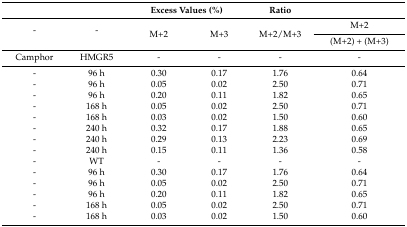
<table><thead><tr><td></td><td></td><td colspan="2"><b>Excess Values (%)</b></td><td><b>Ratio</b></td><td></td></tr></thead><tbody><tr><td rowspan="2">-</td><td rowspan="2">-</td><td rowspan="2">M+2</td><td rowspan="2">M+3</td><td rowspan="2">M+2/M+3</td><td>M+2</td></tr><tr><td>(M+2) + (M+3)</td></tr><tr><td>Camphor</td><td>HMGR5</td><td>-</td><td>-</td><td>-</td><td>-</td></tr><tr><td>-</td><td>96 h</td><td>0.30</td><td>0.17</td><td>1.76</td><td>0.64</td></tr><tr><td>-</td><td>96 h</td><td>0.05</td><td>0.02</td><td>2.50</td><td>0.71</td></tr><tr><td>-</td><td>96 h</td><td>0.20</td><td>0.11</td><td>1.82</td><td>0.65</td></tr><tr><td>-</td><td>168 h</td><td>0.05</td><td>0.02</td><td>2.50</td><td>0.71</td></tr><tr><td>-</td><td>168 h</td><td>0.03</td><td>0.02</td><td>1.50</td><td>0.60</td></tr><tr><td>-</td><td>240 h</td><td>0.32</td><td>0.17</td><td>1.88</td><td>0.65</td></tr><tr><td>-</td><td>240 h</td><td>0.29</td><td>0.13</td><td>2.23</td><td>0.69</td></tr><tr><td>-</td><td>240 h</td><td>0.15</td><td>0.11</td><td>1.36</td><td>0.58</td></tr><tr><td>-</td><td>WT</td><td>-</td><td>-</td><td>-</td><td>-</td></tr><tr><td>-</td><td>96 h</td><td>0.30</td><td>0.17</td><td>1.76</td><td>0.64</td></tr><tr><td>-</td><td>96 h</td><td>0.05</td><td>0.02</td><td>2.50</td><td>0.71</td></tr><tr><td>-</td><td>96 h</td><td>0.20</td><td>0.11</td><td>1.82</td><td>0.65</td></tr><tr><td>-</td><td>168 h</td><td>0.05</td><td>0.02</td><td>2.50</td><td>0.71</td></tr><tr><td>-</td><td>168 h</td><td>0.03</td><td>0.02</td><td>1.50</td><td>0.60</td></tr></tbody></table>